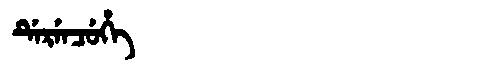
Manchu: ᡩᡝᡵᡝᠨᠴᡠᡥᡝ
Romanization: DERENCUHE